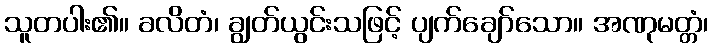
သူတပါး၏။ ခလိတံ၊ ချွတ်ယွင်းသဖြင့် ပျက်ချော်သော။ အဏုမတ္တံ၊